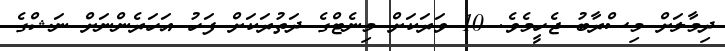
ދިމާލަށް މިސްރާބު ޖެހީމެވެ. 10 ވަރަކަށް މިނެޓްގެ ދަތުރަކަށް ފަހު އަހަރެންނަށް ނަޝްގެ